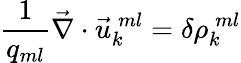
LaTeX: \frac{1}{q_{ml}}\vec{\nabla}\cdot\vec{u}_{k}^{\: ml}=\delta\rho_{k}^{\: ml}